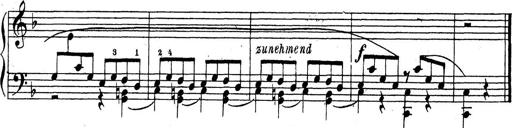
Title: 10 Sonatinas
Composer: Fritz Spindler